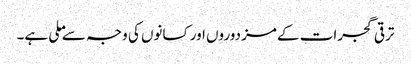
ترقی گجرات کے مزدوروں اور کسانوں کی وجہ سے ملی ہے۔